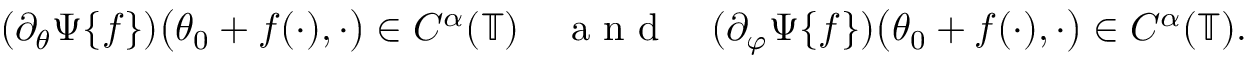
( \partial _ { \theta } \Psi \{ f \} ) \big ( \theta _ { 0 } + f ( \cdot ) , \cdot \big ) \in C ^ { \alpha } ( \mathbb { T } ) \quad \textnormal { a n d } \quad ( \partial _ { \varphi } \Psi \{ f \} ) \big ( \theta _ { 0 } + f ( \cdot ) , \cdot \big ) \in C ^ { \alpha } ( \mathbb { T } ) .